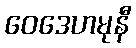
ဝေဒေဟမုနီ